Account of plague administration in the Bombay Presidency from September 1896 till May 1897
Year: 1896
Disease focus: Plague
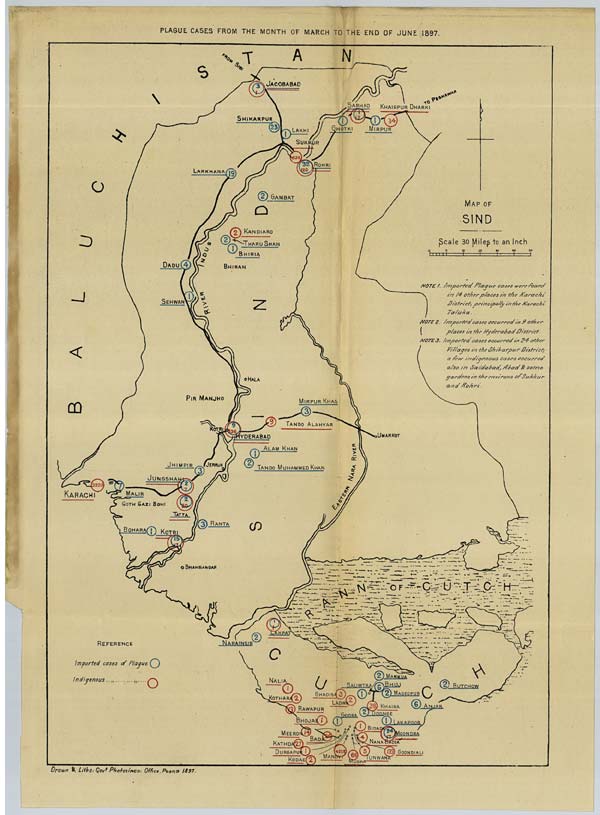
PLAGUE CASES FROM THE MONTH OF MARCH TO THE END OF JUNE 1897.
Drawn & Litho: Govt. Photozinco: Office, Poona 1897.